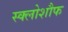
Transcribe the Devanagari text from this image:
स्क्लोशौफ